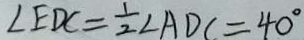
\angle E D C = \frac { 1 } { 2 } \angle A D C = 4 0 ^ { \circ }